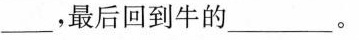
___，最后回到牛的___。